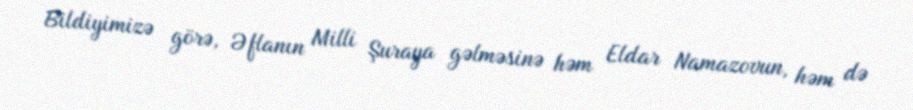
Bildiyimizə görə, Əflanın Milli Şuraya gəlməsinə həm Eldar Namazovun, həm də